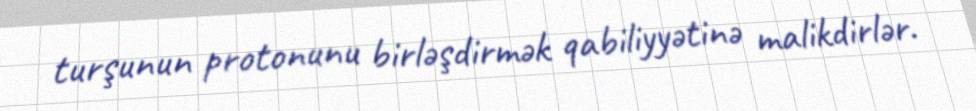
turşunun protonunu birləşdirmək qabiliyyətinə malikdirlər.